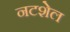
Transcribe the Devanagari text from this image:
नटशेल